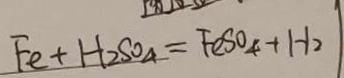
F e + H _ { 2 } S O _ { 4 } = F e S O _ { 4 } + H _ { 2 } \uparrow